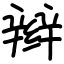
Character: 辫